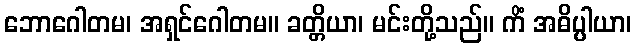
ဘောဂေါတမ၊ အရှင်ဂေါတမ။ ခတ္တိယာ၊ မင်းတို့သည်။ ကိံ အဓိပ္ပါယာ၊